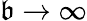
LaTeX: \mathfrak{b}\rightarrow\infty